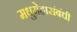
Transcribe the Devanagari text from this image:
मधुमेहासंबंधी